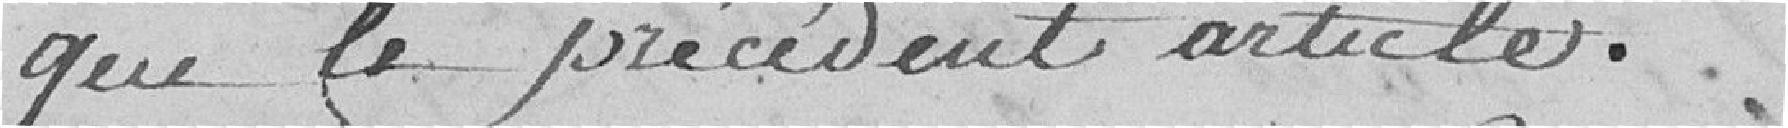
que le précédent article.